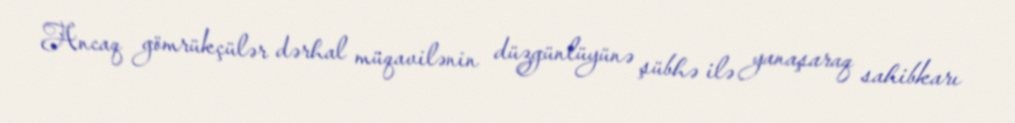
Ancaq gömrükçülər dərhal müqavilənin düzgünlüyünə şübhə ilə yanaşaraq sahibkarı